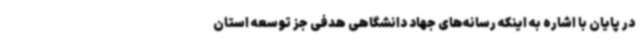
در پایان با اشاره به اینکه رسانه‌های جهاد دانشگاهی هدفی جز توسعه استان